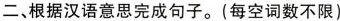
二、根据汉语意思完成句子.(每空词数不限)